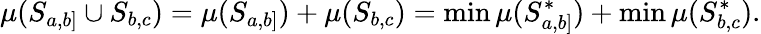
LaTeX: \mu(S_{a,b]}\cup S_{b,c})=\mu(S_{a,b]})+\mu(S_{b,c})=\operatorname*{min}\mu(S_{a,b]}^{*})+\operatorname*{min}\mu(S_{b,c}^{*}).